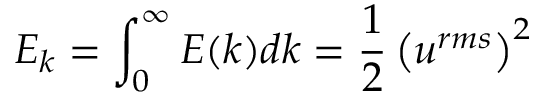
E _ { k } = \int _ { 0 } ^ { \infty } E ( k ) d k = \frac { 1 } { 2 } \left( u ^ { r m s } \right) ^ { 2 }